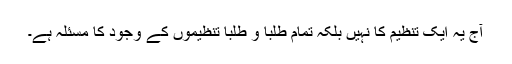
آج یہ ایک تنظیم کا نہیں بلکہ تمام طلبا و طلبا تنظیموں کے وجود کا مسئلہ ہے۔